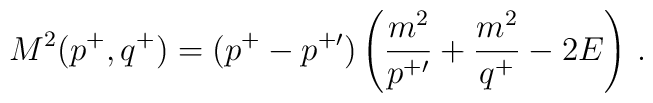
M^2(p^+,q^+) = (p^+-p^{+\prime})\left({m^2\over p^{+\prime}}+{m^2\over q^+}-2E\right) \,.